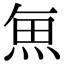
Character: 𮫯